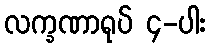
လက္ခဏာရုပ် ၄-ပါး